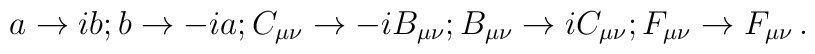
a \rightarrow i b ; b \rightarrow -i a ; C_{\mu \nu} \rightarrow  -i B_{\mu \nu}; B_{\mu \nu} \rightarrow  i C_{\mu \nu}; F_{\mu \nu} \rightarrow F_{\mu \nu}\, .